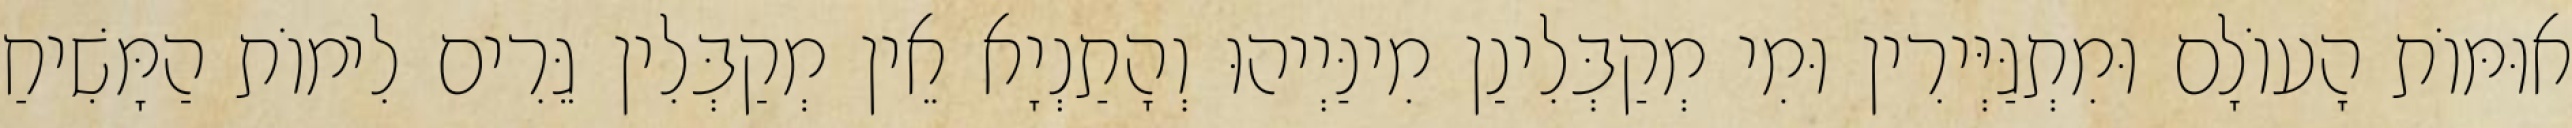
אוּמּוֹת הָעוֹלָם וּמִתְגַּיְּירִין וּמִי מְקַבְּלִינַן מִינַּיְיהוּ וְהָתַנְיָא אֵין מְקַבְּלִין גֵּרִים לִימוֹת הַמָּשִׁיחַ